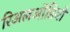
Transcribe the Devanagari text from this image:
रिअलऑडियो